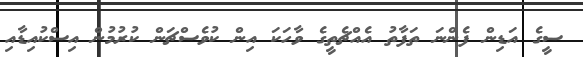
ސީގެ އަޑިން ފެންނަ ތަފާތު އެއްޗެތީގެ ވާހަކަ އިން ކުވެސްޗަން ކުރުމުން އިސްކުއިޑާއި